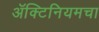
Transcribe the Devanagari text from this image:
ॲक्टिनियमचा